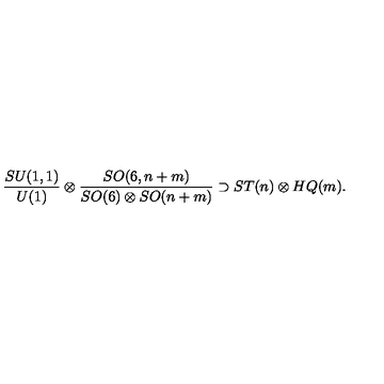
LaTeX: { \frac { S U ( 1 , 1 ) } { U ( 1 ) } } \otimes { \frac { S O ( 6 , n + m ) } { S O ( 6 ) \otimes S O ( n + m ) } } \supset S T ( n ) \otimes H Q ( m ) .